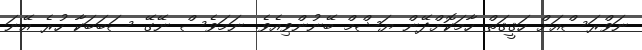
ނަވްރަސްއަށް ހަޤީޤަތް ހާމަކޮށްދޭން ޔަޝްމް ބޭނުންވިއެވެ. ނަމަވެސް ނޭގޭ ސަބަބަކާ ހުރެ އޭނަ